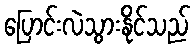
ပြောင်းလဲသွားနိုင်သည်